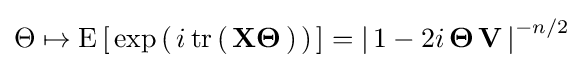
\Theta \mapsto \operatorname {E} \left[\,\exp \left(\,i\operatorname {tr} \left(\,\mathbf {X} {\mathbf {\Theta } }\,\right)\,\right)\,\right]=\left|\,1-2i\,{\mathbf {\Theta } }\,{\mathbf {V} }\,\right|^{-n/2}